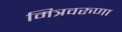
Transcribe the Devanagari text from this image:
मित्रवरुणा